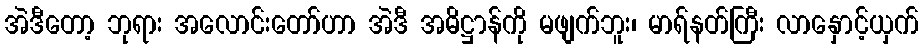
အဲဒီတော့ ဘုရား အလောင်းတော်ဟာ အဲဒီ အဓိဋ္ဌာန်ကို မဖျက်ဘူး၊ မာရ်နတ်ကြီး လာနှောင့်ယှက်